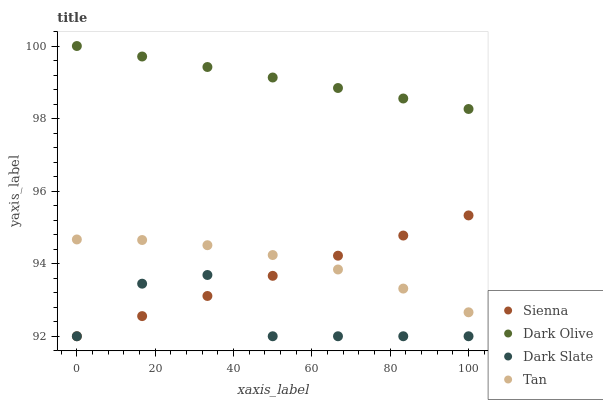
| xaxis_label | Sienna | Dark Olive | Dark Slate | Tan |
 | --- | --- | --- | --- | --- |
 | 0 | 92 | 100 | 92 | 94.7 |
 | 16.7 | 92.6 | 99.7 | 93.4 | 94.7 |
 | 33.3 | 93.1 | 99.4 | 93.7 | 94.5 |
 | 50 | 93.7 | 99.1 | 92 | 94.2 |
 | 66.7 | 94.2 | 98.8 | 92 | 93.8 |
 | 83.3 | 94.8 | 98.6 | 92 | 93.3 |
 | 100 | 95.3 | 98.3 | 92 | 92.7 |